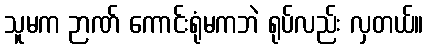
သူမက ဉာဏ် ကောင်းရုံမကဘဲ ရုပ်လည်း လှတယ်။